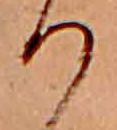
り